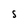
Character: S